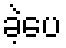
ခဲ့ပေ